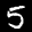
Label: 5